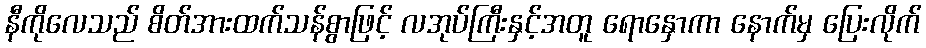
နီကိုလေသည် စိတ်အားထက်သန်စွာဖြင့် လအုပ်ကြီးနှင့်အတူ ရောနှောကာ နောက်မှ ပြေးလိုက်